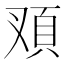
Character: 𩑐